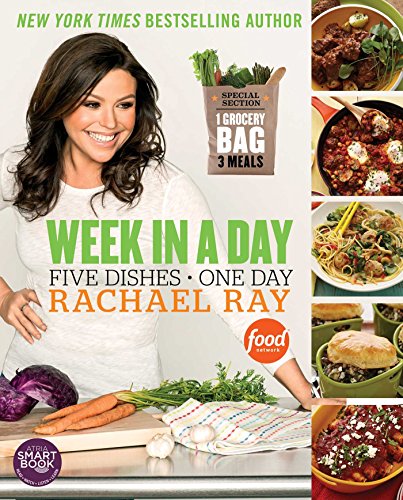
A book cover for Week in a Day; Rachael Ray; Cookbooks, Food & Wine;